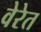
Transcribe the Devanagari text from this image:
वेरेत